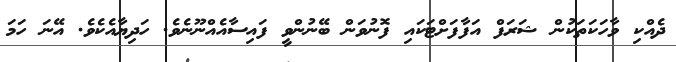
ދެއްކި ވާހަކަތަކުން ޝަރަފް އަފާފަށްޓަކައި ފޮނުވަން ބޭނުންވީ ފައިސާއެއްނޫނެވެ. ހަދިޔާއެކެވެ. އޭނަ ހަމަ